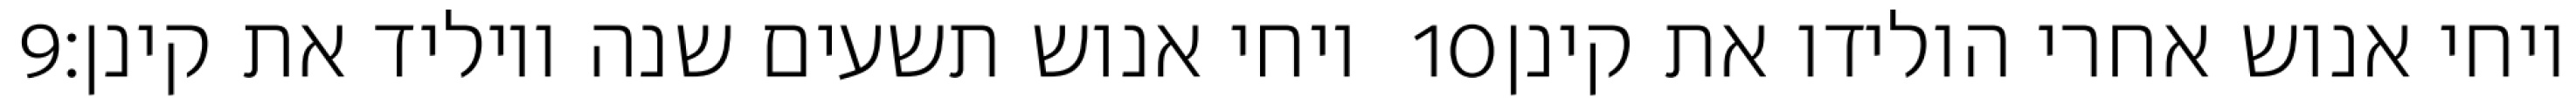
‎9‏ ויחי אנוש תשעים שנה ויוליד את קינן׃ ‎10‏ ויחי אנוש אחרי הולידו את קינן